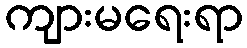
ကျားမရေးရာ